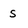
Character: s